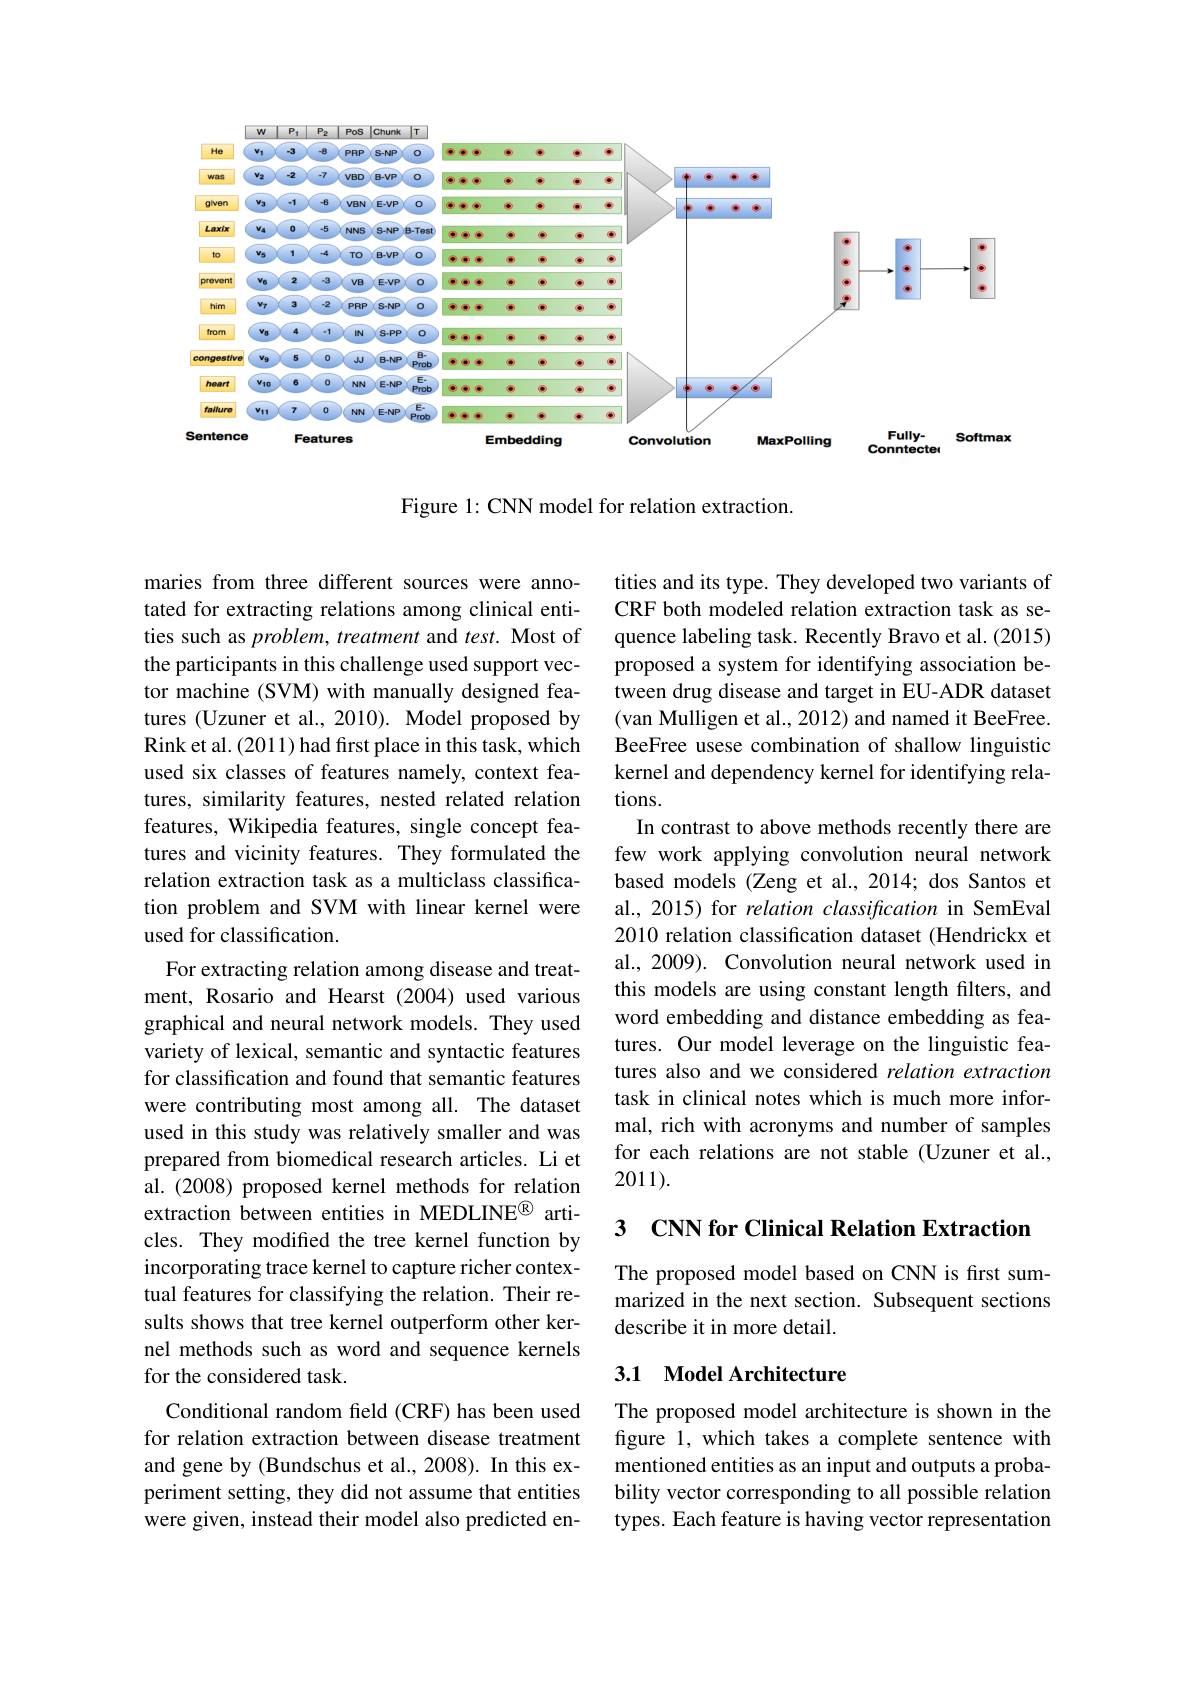
<FigureHere>

Figure 1: CNN model for relation extraction.

tities and its type. They developed two variants of CRF both modeled relation extraction task as sequence labeling task. Recently Bravo et al. (2015) proposed a system for identifying association between drug disease and target in EU-ADR dataset (van Mulligen et al., 2012) and named it BeeFree. BeeFree usese combination of shallow linguistic kernel and dependency kernel for identifying relations.
In contrast to above methods recently there are few work applying convolution neural network based models (Zeng et al., 2014; dos Santos et al., 2015) for relation classification in SemEval 2010 relation classification dataset (Hendrickx et al., 2009). Convolution neural network used in this models are using constant length filters, and word embedding and distance embedding as features. Our model leverage on the linguistic features also and we considered relation extraction task in clinical notes which is much more informal, rich with acronyms and number of samples for each relations are not stable (Uzuner et al., 2011).

maries from three different sources were annotated for extracting relations among clinical entities such as problem, treatment and test. Most of the participants in this challenge used support vector machine (SVM) with manually designed features (Uzuner et al., 2010). Model proposed by Rink et al. (2011) had first place in this task, which used six classes of features namely, context features, similarity features, nested related relation features, Wikipedia features, single concept features and vicinity features. They formulated the relation extraction task as a multiclass classification problem and SVM with linear kernel were used for classification.
For extracting relation among disease and treatment, Rosario and Hearst (2004) used various graphical and neural network models. They used variety of lexical, semantic and syntactic features for classification and found that semantic features were contributing most among all. The dataset used in this study was relatively smaller and was prepared from biomedical research articles. Li et al.(2008) proposed kernel methods for relation extraction between entities in MEDLINE$^{\textcircled{\mathrm{R}}}$ articles. They modified the tree kernel function by incorporating trace kernel to capture richer contextual features for classifying the relation. Their results shows that tree kernel outperform other kernel methods such as word and sequence kernels for the considered task.
Conditional random field (CRF) has been used for relation extraction between disease treatment and gene by (Bundschus et al., 2008). In this experiment setting, they did not assume that entities were given, instead their model also predicted en-

# 3 CNN for Clinical Relation Extraction

The proposed model based on CNN is first summarized in the next section. Subsequent sections describe it in more detail.

## 3.1 Model Architecture

The proposed model architecture is shown in the figure 1, which takes a complete sentence with mentioned entities as an input and outputs a probability vector corresponding to all possible relation types. Each feature is having vector representation